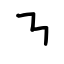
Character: ㇎